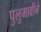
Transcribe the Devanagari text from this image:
पुलुमावीने